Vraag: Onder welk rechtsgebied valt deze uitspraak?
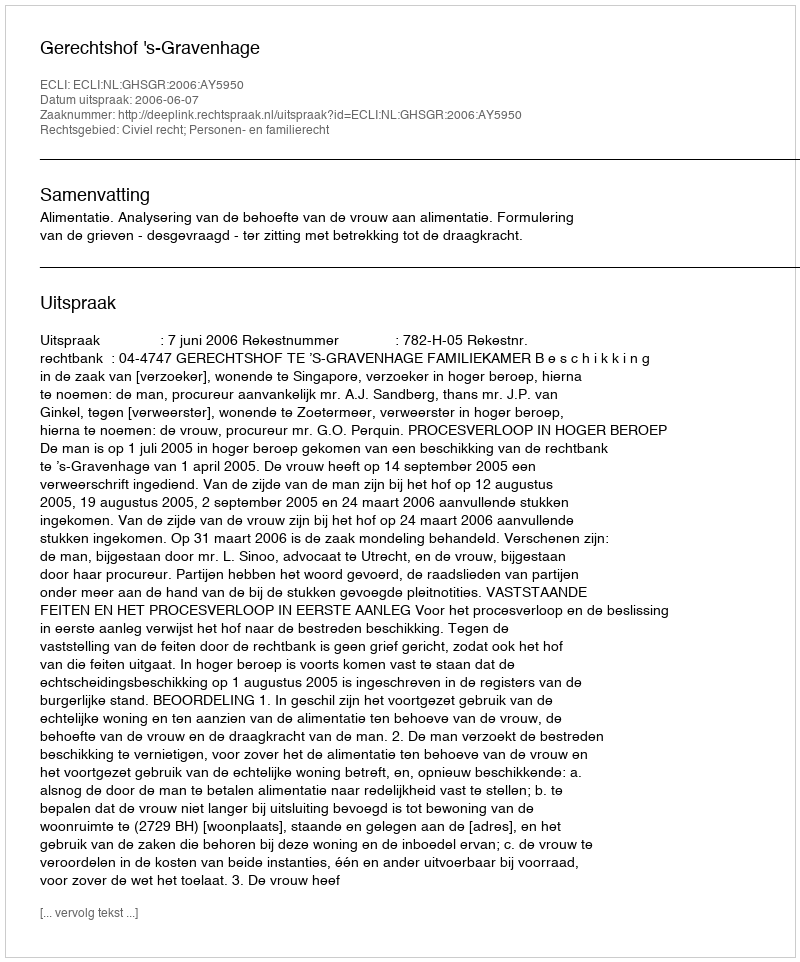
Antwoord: Civiel recht; Personen- en familierecht